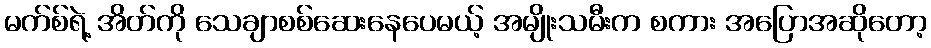
မက်စ်ရဲ့ အိတ်ကို သေချာစစ်ဆေးနေပေမယ့် အမျိုးသမီးက စကား အပြောအဆိုတော့